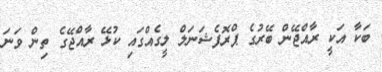
ބަކާ އަކީ ރާއްޖޭން ބޭރުގެ ޕްރޮފެޝަނަލް ލީގެއްގައި ކުޅޭ ރާއްޖޭގެ ތިން ވަނަ